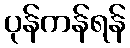
ပုန်ကန်ရန်